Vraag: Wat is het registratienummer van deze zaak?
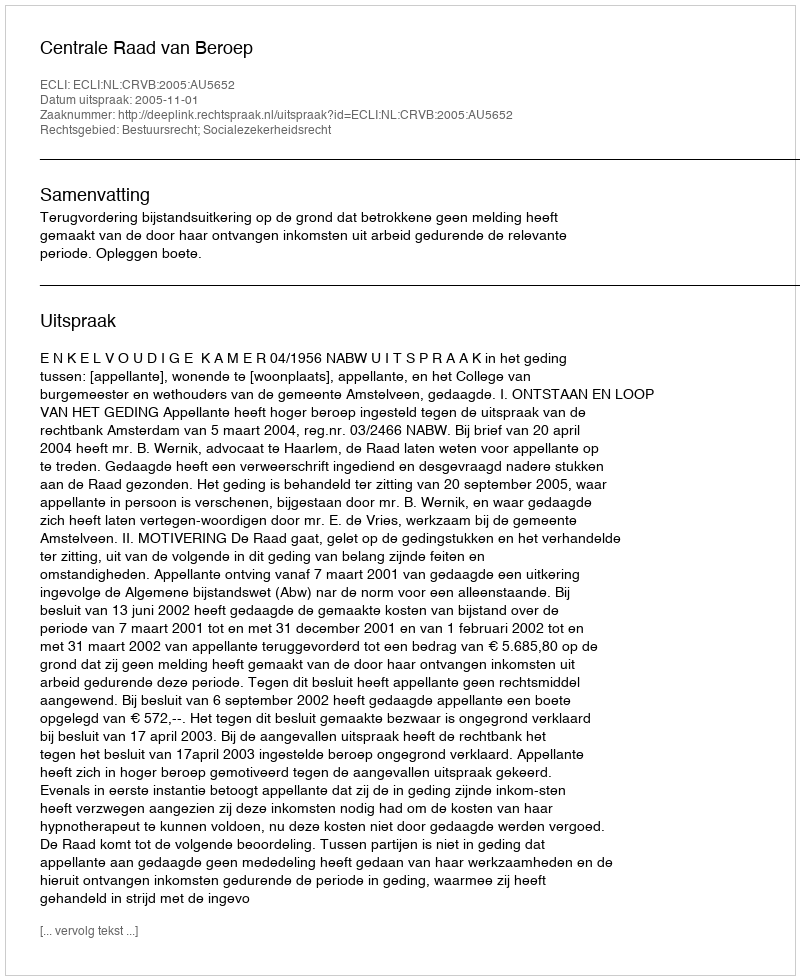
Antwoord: http://deeplink.rechtspraak.nl/uitspraak?id=ECLI:NL:CRVB:2005:AU5652